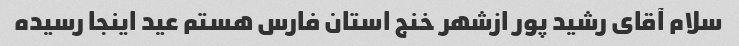
سلام آقای رشید پور ازشهر خنج استان فارس هستم عید اینجا رسیده